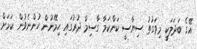
އޭގެ ބަދަަލަކީ މިވަގުތު ސިޔާސީ ކަންކަމާ ގާސިމް ދުރުގައި ހިމޭނުން ހުންނެވުން ކަމަށް